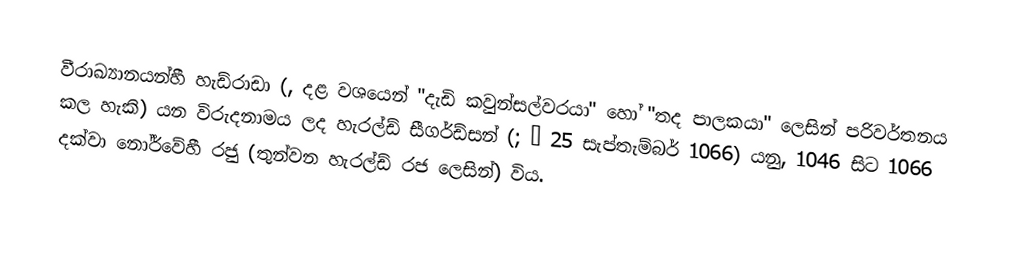
වීරාඛ්‍යානයන්හී   හැඩ්රාඩා (, දළ වශයෙන් "දැඩි කවුන්සල්වරයා" හෝ "තද පාලකයා" ලෙසින් පරිවර්තනය කල හැකි) යන විරුදනාමය ලද   හැරල්ඩ් සීගර්ඩ්සන් (;  – 25 සැප්තැම්බර් 1066) යනු, 1046 සිට 1066 දක්වා නෝර්වේහී රජු (තුන්වන හැරල්ඩ් රජ ලෙසින්) විය.